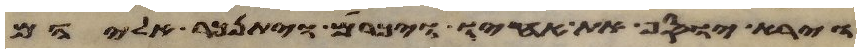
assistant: וירא יוסף את אחיו ויכרם ויתנכר אליהם